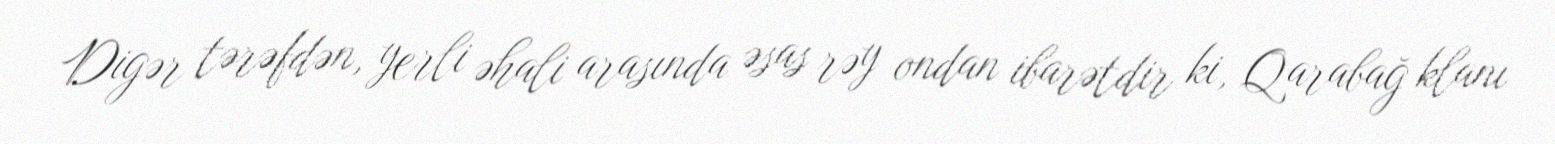
Digər tərəfdən, yerli əhali arasında əsas rəy ondan ibarətdir ki, Qarabağ klanı